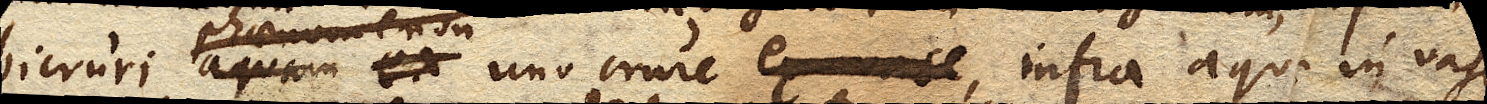
uno crure ex vase infra aquae in vase